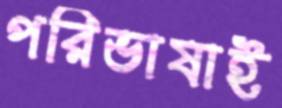
পরিভাষাই